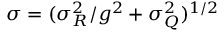
\sigma = ( \sigma _ { R } ^ { 2 } / g ^ { 2 } + \sigma _ { Q } ^ { 2 } ) ^ { 1 / 2 }